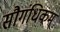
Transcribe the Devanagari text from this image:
सौगंधिकम्